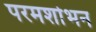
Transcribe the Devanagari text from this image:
परमशोभन